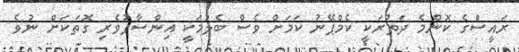
ރައީސްގެ ކޮންމެ ދަތުރަކީ ކެމްޕޭނު ކަމަށް ވެސް ބެލުމަކީ އިންސާފުވެރި ގޮތަކަށް ނުވެ